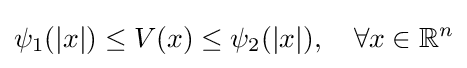
\psi _{1}(|x|)\leq V(x)\leq \psi _{2}(|x|),\quad \forall x\in \mathbb {R} ^{n}